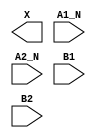
module sky130_fd_sc_ls__o2bb2a (
    X   ,
    A1_N,
    A2_N,
    B1  ,
    B2
);

    output X   ;
    input  A1_N;
    input  A2_N;
    input  B1  ;
    input  B2  ;

    // Voltage supply signals
    supply1 VPWR;
    supply0 VGND;
    supply1 VPB ;
    supply0 VNB ;

endmodule